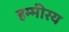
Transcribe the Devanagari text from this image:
हम्मीरय